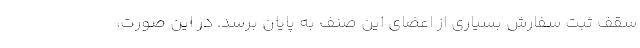
سقف ثبت سفارش بسیاری از اعضای این صنف به پایان برسد. در این صورت،